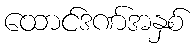
ထောင်ဒဏ်အနှစ်